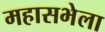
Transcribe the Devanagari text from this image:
महासभेला